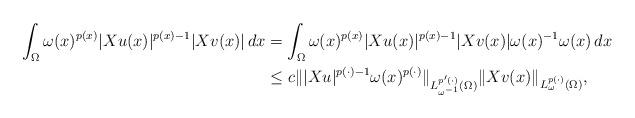
LaTeX: \begin{align*}\int_{\Omega}\omega(x)^{p(x)}|Xu(x)|^{p(x)-1}|Xv(x)|\,dx&=\int_{\Omega}\omega(x)^{p(x)}|Xu(x)|^{p(x)-1}|Xv(x)|\omega(x)^{-1}\omega(x)\,dx\\&\leq c\||Xu|^{p(\cdot)-1}\omega(x)^{p(\cdot)}\|_{L^{p'(\cdot)}_{\omega^{-1}}(\Omega)}\|Xv(x)\|_{L^{p(\cdot)}_{\omega}(\Omega)},\end{align*}